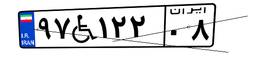
۲۷W۶۶۳۶۲